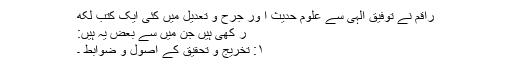
راقم نے توفیقِ الہی سے علومِ حدیث ا ور جرح و تعدیل میں کئی ایک کتب لکھ
ر کھی ہیں جن میں سے بعض یہ ہیں:
۱: تخریج و تحقیق کے اصول و ضوابط ۔